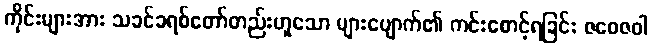
ကိုင်းများအား သခင်ခရစ်တော်တည်းဟူသော များပျောက်၏ ကင်းစောင့်ရခြင်း ဇဝေဇဝါ